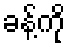
ခန့်ကို